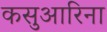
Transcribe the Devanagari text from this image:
कसुआरिना